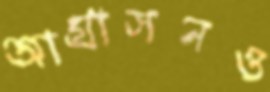
আগ্রাসনও